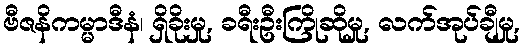
ဗီဇနိကမ္မာဒီနံ၊ ရှိခိုးမှု, ခရီးဦးကြိုဆိုမှု, လက်အုပ်ချီမှု,